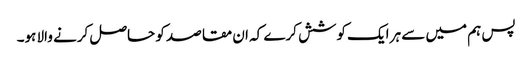
پس ہم میں سے ہر ایک کوشش کرے کہ ان مقاصد کو حاصل کرنے والا ہو۔